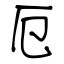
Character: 厄